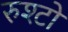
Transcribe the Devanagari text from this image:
रुश्टो